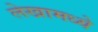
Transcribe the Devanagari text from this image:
लेखामध्येे